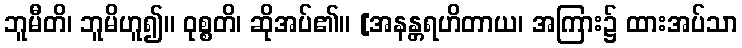
ဘူမီတိ၊ ဘူမိဟူ၍။ ဝုစ္စတိ၊ ဆိုအပ်၏။ [အနန္တရဟိတာယ၊ အကြား၌ ထားအပ်သာ